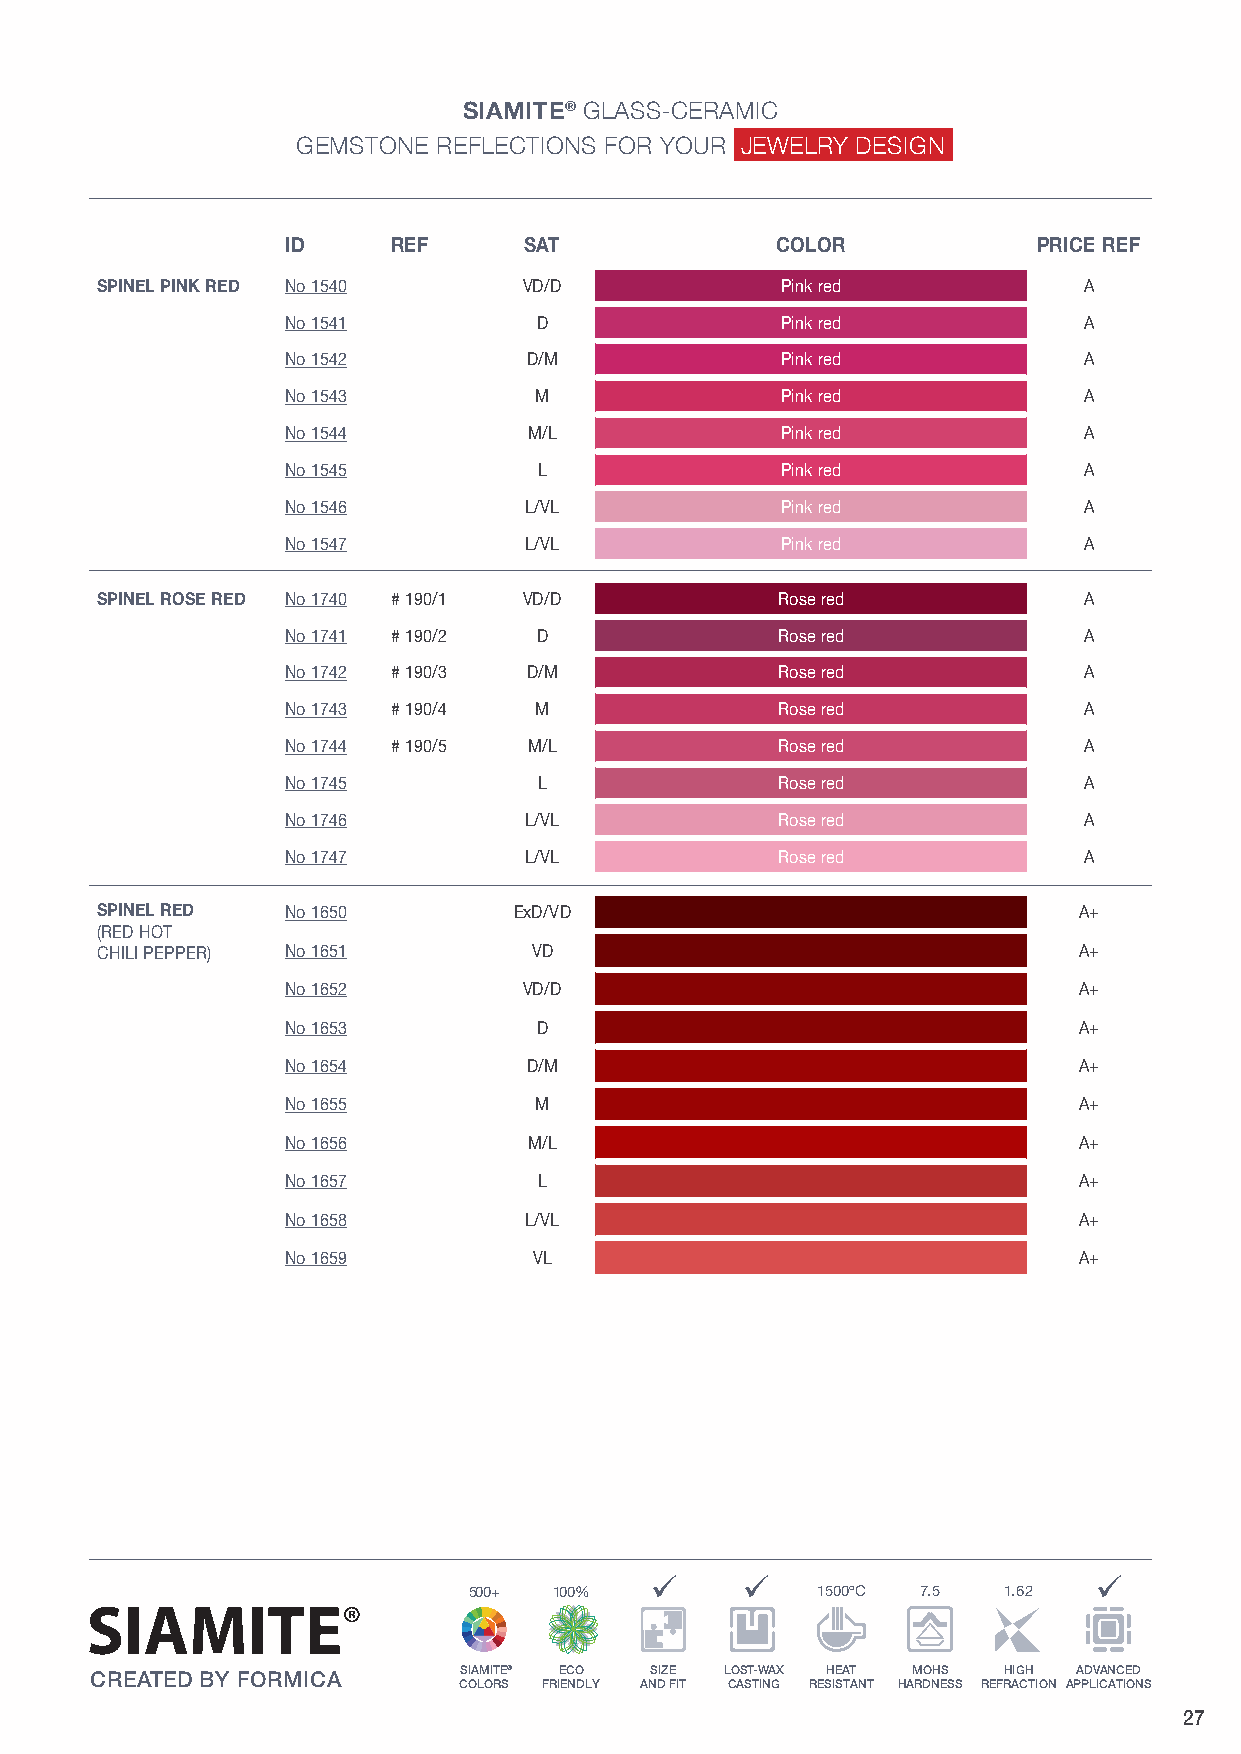
SIAMSIITAEM® IGTEEM® GSTLOASNSE- RCEEFRLAEMCITCIONS
 GEMSTONE RFEOFLRE YCOTUIORN SJ EFWOREL YROYU DRE SJIEGWNELRY DESIGN
 ID     REF      SAT             COLOR             PRICE REF
 SPINEL PINK RED No 1540      VD/D             Pink red            A
 No 1541          D               Pink red            A
 No 1542         D/M              Pink red            A
 No 1543         M                Pink red            A
 No 1544         M/L              Pink red            A
 No 1545          L               Pink red            A
 No 1546         L/VL             Pink red            A
 No 1547         L/VL             Pink red            A
 SPINEL ROSE RED No 1740 # 190/1 VD/D         Rose red             A
 No 1741 # 190/2  D              Rose red             A
 No 1742 # 190/3 D/M             Rose red             A
 No 1743 # 190/4 M               Rose red             A
 No 1744 # 190/5 M/L             Rose red             A
 No 1745          L              Rose red             A
 No 1746         L/VL            Rose red             A
 No 1747         L/VL            Rose red             A
 SPINEL RED   No 1650        ExD/VD                               A+
 (RED HOT
 CHILI PEPPER) No 1651        VD                                  A+
 No 1652         VD/D                                A+
 No 1653          D                                  A+
 No 1654         D/M                                 A+
 No 1655         M                                   A+
 No 1656         M/L                                 A+
 No 1657          L                                  A+
 No 1658         L/VL                                A+
 No 1659         VL                                  A+
 ü     ü                      ü
 500+  100%             1500ºC 7.5  1.62
 SIAMITE® ECO SIZE LOST-WAX HE AT MOHS HIGH ADVANCED
 CREATED BY FORMICA
 COLORS FRIENDLY AND FIT CASTING RESISTANT HARDNESS REFRACTION APPLICATIONS
 27